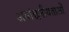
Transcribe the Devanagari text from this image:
अवांछनीयताओं